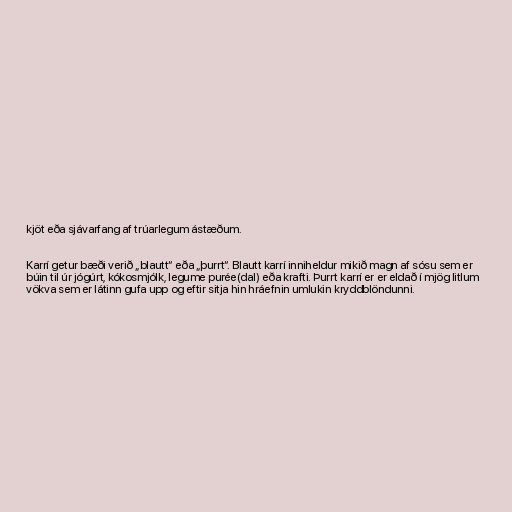
kjöt eða sjávarfang af trúarlegum ástæðum.

Karrí getur bæði verið „blautt“ eða „þurrt“. Blautt karrí inniheldur mikið magn af sósu sem er
búin til úr jógúrt, kókosmjólk, legume purée(dal) eða krafti. Þurrt karrí er er eldað í mjög litlum
vökva sem er látinn gufa upp og eftir sitja hin hráefnin umlukin kryddblöndunni.